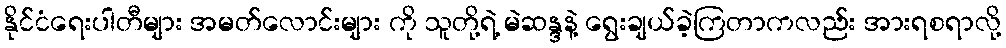
နိုင်ငံရေးပါတီများ အမတ်လောင်းများ ကို သူတို့ရဲ့ မဲဆန္ဒနဲ့ ရွေးချယ်ခဲ့ကြတာကလည်း အားရစရာလို့